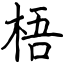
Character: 梧